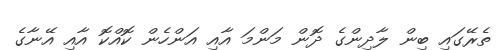
ތެރޭގައި ބިން ލާދިންގެ ދޮން މަންމަ އާއި އަންހެން ކޮއްކޮ އާއި އޭނާގެ